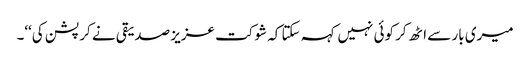
میری بار سے اٹھ کر کوئی نہیں کہہ سکتا کہ شوکت عزیز صدیقی نے کرپشن کی‘‘۔